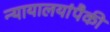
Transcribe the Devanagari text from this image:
न्यायालयांपैकी